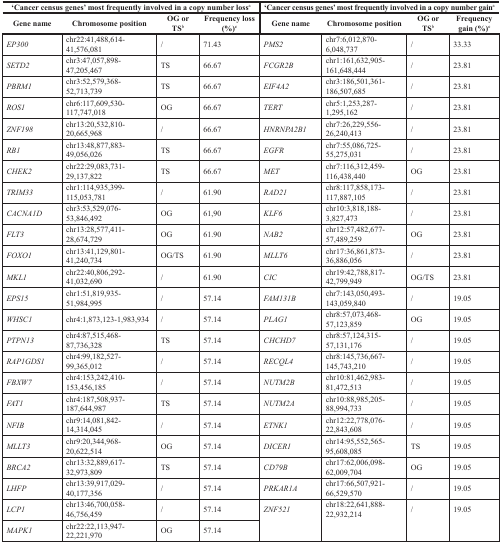
<table><thead><tr><td colspan="4"><b>‘Cancer census genes’ most frequently involved in a copy number loss<sup>a</sup></b></td><td colspan="4"><b>‘Cancer census genes’ most frequently involved in a copy number gain<sup>a</sup></b></td></tr><tr><td><b>Gene name</b></td><td><b>Chromosome position</b></td><td><b>OG or TS<sup>b</sup></b></td><td><b>Frequency loss (%)<sup>c</sup></b></td><td><b>Gene name</b></td><td><b>Chromosome position</b></td><td><b>OG or TS<sup>b</sup></b></td><td><b>Frequency gain (%)<sup>c</sup></b></td></tr></thead><tbody><tr><td><i>EP300</i></td><td>chr22:41,488,614-41,576,081</td><td>/</td><td>71.43</td><td><i>PMS2</i></td><td>chr7:6,012,870-6,048,737</td><td>/</td><td>33.33</td></tr><tr><td><i>SETD2</i></td><td>chr3:47,057,898-47,205,467</td><td>TS</td><td>66.67</td><td><i>FCGR2B</i></td><td>chr1:161,632,905-161,648,444</td><td>/</td><td>23.81</td></tr><tr><td><i>PBRM1</i></td><td>chr3:52,579,368-52,713,739</td><td>TS</td><td>66.67</td><td><i>EIF4A2</i></td><td>chr3:186,501,361-186,507,685</td><td>/</td><td>23.81</td></tr><tr><td><i>ROS1</i></td><td>chr6:117,609,530-117,747,018</td><td>OG</td><td>66.67</td><td><i>TERT</i></td><td>chr5:1,253,287-1,295,162</td><td>/</td><td>23.81</td></tr><tr><td><i>ZNF198</i></td><td>chr13:20,532,810-20,665,968</td><td>/</td><td>66.67</td><td><i>HNRNPA2B1</i></td><td>chr7:26,229,556-26,240,413</td><td>/</td><td>23.81</td></tr><tr><td><i>RB1</i></td><td>chr13:48,877,883-49,056,026</td><td>TS</td><td>66.67</td><td><i>EGFR</i></td><td>chr7:55,086,725-55,275,031</td><td>/</td><td>23.81</td></tr><tr><td><i>CHEK2</i></td><td>chr22:29,083,731-29,137,822</td><td>TS</td><td>66.67</td><td><i>MET</i></td><td>chr7:116,312,459-116,438,440</td><td>OG</td><td>23.81</td></tr><tr><td><i>TRIM33</i></td><td>chr1:114,935,399-115,053,781</td><td>/</td><td>61.90</td><td><i>RAD21</i></td><td>chr8:117,858,173-117,887,105</td><td>/</td><td>23.81</td></tr><tr><td><i>CACNA1D</i></td><td>chr3:53,529,076-53,846,492</td><td>OG</td><td>61,90</td><td><i>KLF6</i></td><td>chr10:3,818,188-3,827,473</td><td>/</td><td>23.81</td></tr><tr><td><i>FLT3</i></td><td>chr13:28,577,411-28,674,729</td><td>OG</td><td>61.90</td><td><i>NAB2</i></td><td>chr12:57,482,677-57,489,259</td><td>OG</td><td>23.81</td></tr><tr><td><i>FOXO1</i></td><td>chr13:41,129,801-41,240,734</td><td>OG/TS</td><td>61.90</td><td><i>MLLT6</i></td><td>chr17:36,861,873-36,886,056</td><td>/</td><td>23.81</td></tr><tr><td><i>MKL1</i></td><td>chr22:40,806,292-41,032,690</td><td>/</td><td>61.90</td><td><i>CIC</i></td><td>chr19:42,788,817-42,799,949</td><td>OG/TS</td><td>23.81</td></tr><tr><td><i>EPS15</i></td><td>chr1:51,819,935-51,984,995</td><td>/</td><td>57.14</td><td><i>FAM131B</i></td><td>chr7:143,050,493-143,059,840</td><td>/</td><td>19.05</td></tr><tr><td><i>WHSC1</i></td><td>chr4:1,873,123-1,983,934</td><td>/</td><td>57.14</td><td><i>PLAG1</i></td><td>chr8:57,073,468-57,123,859</td><td>OG</td><td>19.05</td></tr><tr><td><i>PTPN13</i></td><td>chr4:87,515,468-87,736,328</td><td>TS</td><td>57.14</td><td><i>CHCHD7</i></td><td>chr8:57,124,315-57,131,176</td><td>/</td><td>19.05</td></tr><tr><td><i>RAP1GDS1</i></td><td>chr4:99,182,527-99,365,012</td><td>/</td><td>57.14</td><td><i>RECQL4</i></td><td>chr8:145,736,667-145,743,210</td><td>/</td><td>19.05</td></tr><tr><td><i>FBXW7</i></td><td>chr4:153,242,410-153,456,185</td><td>/</td><td>57.14</td><td><i>NUTM2B</i></td><td>chr10:81,462,983-81,472,513</td><td>/</td><td>19.05</td></tr><tr><td><i>FAT1</i></td><td>chr4:187,508,937-187,644,987</td><td>TS</td><td>57.14</td><td><i>NUTM2A</i></td><td>chr10:88,985,205-88,994,733</td><td>/</td><td>19.05</td></tr><tr><td><i>NFIB</i></td><td>chr9:14,081,842-14,314,045</td><td>/</td><td>57.14</td><td><i>ETNK1</i></td><td>chr12:22,778,076-22,843,608</td><td>/</td><td>19.05</td></tr><tr><td><i>MLLT3</i></td><td>chr9:20,344,968-20,622,514</td><td>OG</td><td>57.14</td><td><i>DICER1</i></td><td>chr14:95,552,565-95,608,085</td><td>TS</td><td>19.05</td></tr><tr><td><i>BRCA2</i></td><td>chr13:32,889,617-32,973,809</td><td>TS</td><td>57.14</td><td><i>CD79B</i></td><td>chr17:62,006,098-62,009,704</td><td>OG</td><td>19.05</td></tr><tr><td><i>LHFP</i></td><td>chr13:39,917,029-40,177,356</td><td>/</td><td>57.14</td><td><i>PRKAR1A</i></td><td>chr17:66,507,921-66,529,570</td><td>/</td><td>19.05</td></tr><tr><td><i>LCP1</i></td><td>chr13:46,700,058-46,756,459</td><td>/</td><td>57.14</td><td rowspan="2"><i>ZNF521</i></td><td rowspan="2">chr18:22,641,888-22,932,214</td><td rowspan="2">/</td><td rowspan="2">19.05</td></tr><tr><td><i>MAPK1</i></td><td>chr22:22,113,947-22,221,970</td><td>OG</td><td>57.14</td></tr></tbody></table>